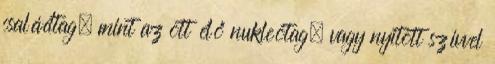
családtag, mint az ott élő nukleótag, vagy nyitott szívvel